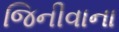
જિનીવાના